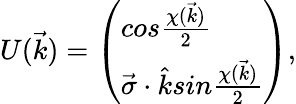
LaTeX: U(\vec{k})=\left(\begin{array}{l}{{cos\frac{\chi(\vec{k})}{2}}}\\ {{\vec{\sigma}\cdot\hat{k}sin\frac{\chi(\vec{k})}{2}}}\end{array}\right),